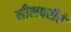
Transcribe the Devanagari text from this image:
नीलपरीचे